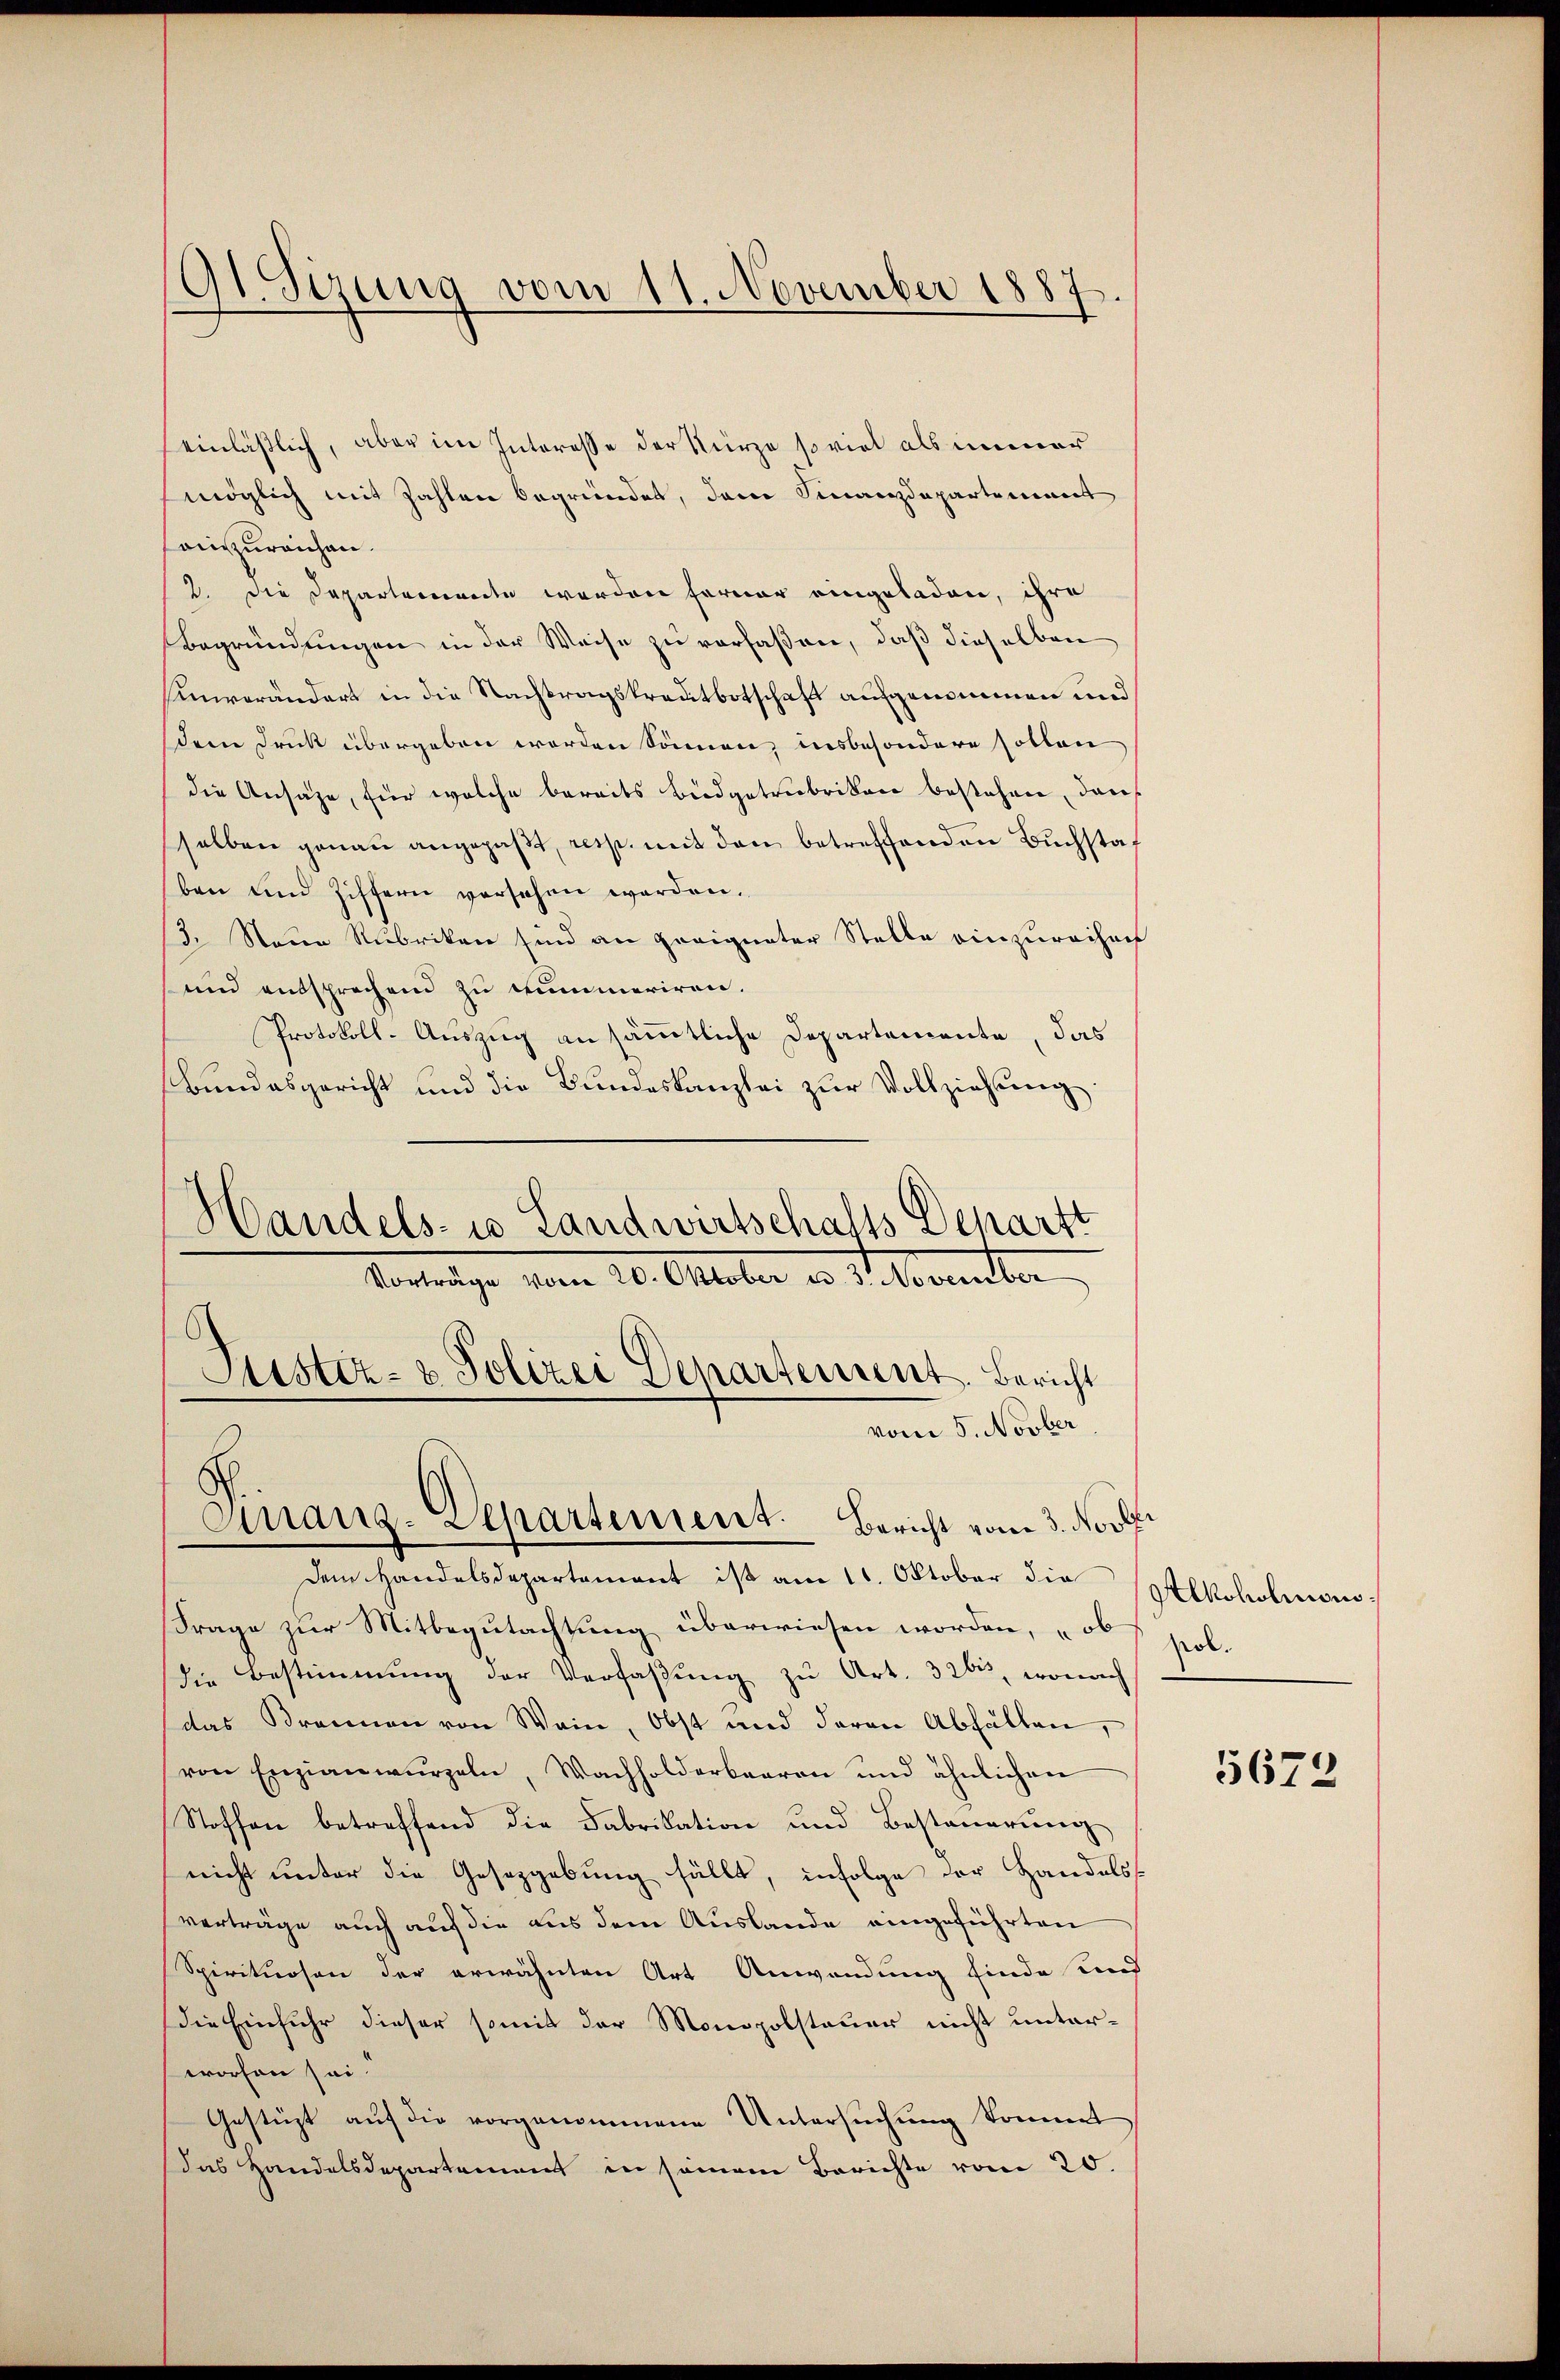
9t. Sizung vom 11. November 1887.

einläßlich, aber im Interesse der Kurze so viel als immer
möglich mit Zahlen begründet, dem Finanzdepartement
einzureichen.
2. Die Departemente werden ferner eingeladen, ihre
Begründungen in der Weise zu verfaßen, daß dieselben
sinverändert in die Nachtragskreutbotschaft aufgenommen und
dem Druck übergeben worden können, insbesondere sollen
die Ansage, für welche bereits Büdgetrubrikon bestehen, dass
selben genau angepaßt, resp. mit den betreffenden Buchstat
ben und Ziffern versehen werden.
13. Neue Rubriken sind an geeigneter Stelle einzureihen
und entsprechend zu numeriren.
Protokoll-Auszug an sämmtliche Departemente, das
Bundesgericht und die Bundeskanzlei zur Vollziehung
Handels- u Landwirtschalts Departt
Vortrage vom 20. Oktober d. d. Merinter
Justiz- & Polizei Departement. Bericht
vom 5. Novber
Einanz-Departement. Bericht vom 3. Nov.

Dem Handelsdepartement ist am 11. Oktober die
Frage zur Mitbegutachtung überwiesen worden, „ob
die Bestimmung der Verfaßung zu Art. 326, wonach
das Brennen von Wein, Obst und daran Abfällen,
von Enzianwŭrzeln, Wachholderbaren und ähnlichen
Stoffen betreffend die Fabrikation und Besteŭerŭng
nicht unter die Gesetzgebung fällt, infolge der Handels-
verträge auch auf die aus dem Auslande eingeführten
Spirituosen der erwähnten Art Anwendung finde und
die Einfuhr dieser somit der Monopolsteuer nicht unterworfen sei.
Gestüzt auf die vorgenommene Untersuchung kommt
das Handelsdepartement in seinem Berichte vom 20.

Alkoholionspol.

5672